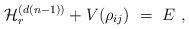
LaTeX: \begin{align*} {\cal H}_r ^{(d(n-1))}+V(\rho_{ij})\ =\ E\ ,\end{align*}